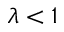
\lambda < 1